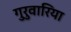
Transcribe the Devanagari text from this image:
गुरुवारिया